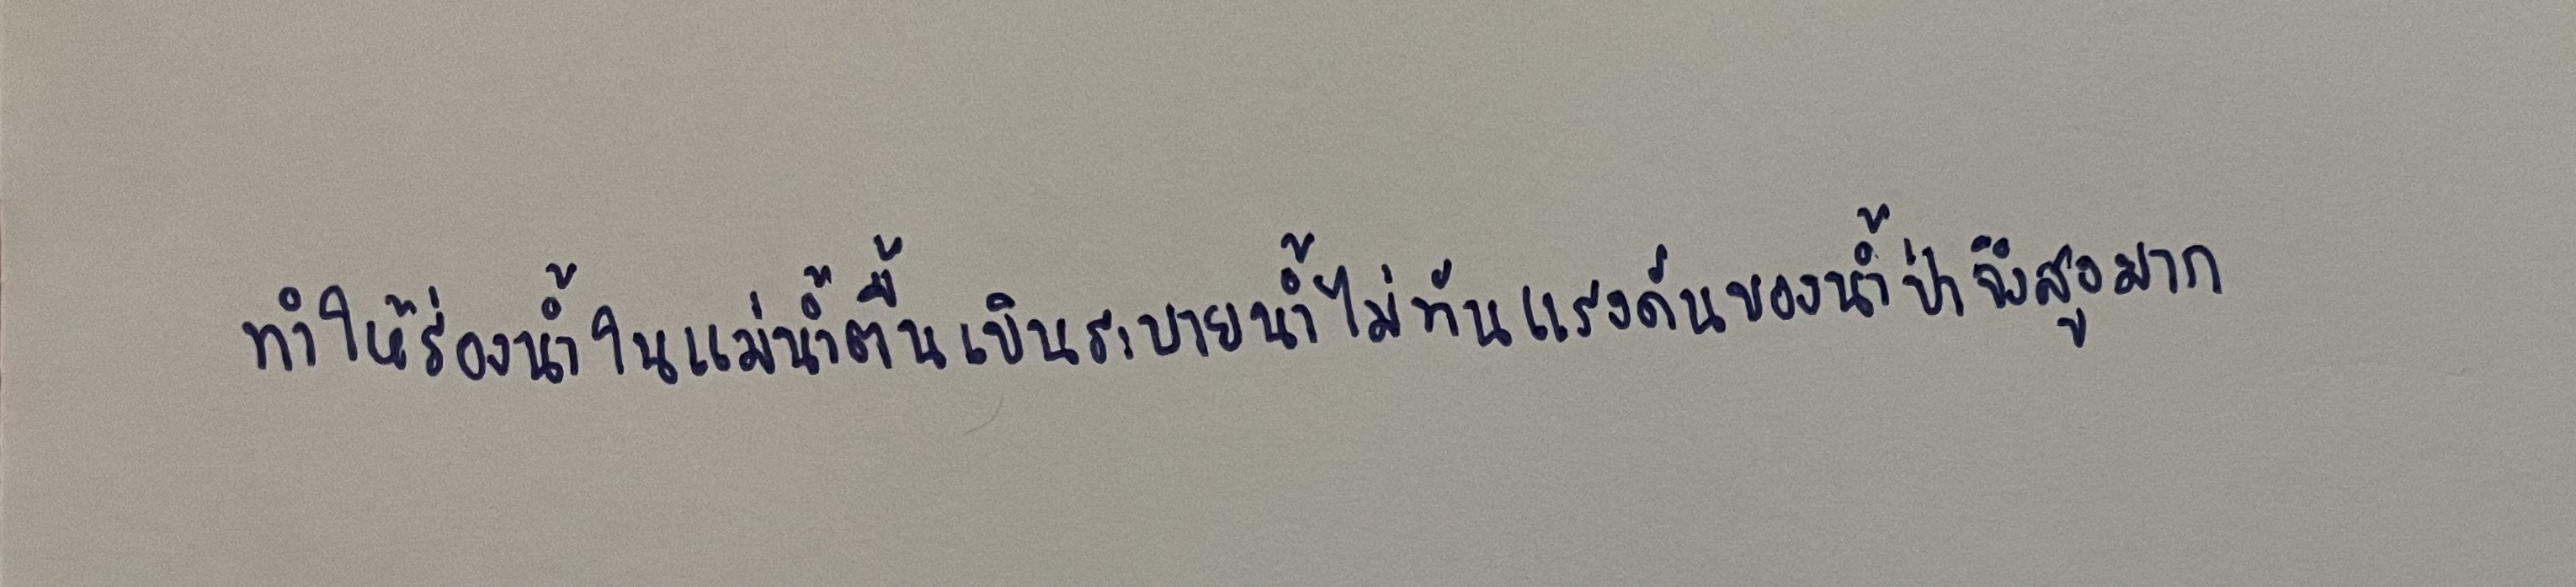
ทำให้ร่องน้ำในแม่น้ำตื้นเขินระบายน้ำไม่ทันแรงดันของน้ำป่าจึงสูงมาก